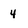
Character: 4